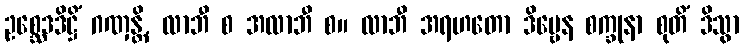
ဥစ္ဆေဒဒိဋ္ဌိံ ဂဏှန္တိ, လာဘီ စ အလာဘီ စ။ လာဘီ အရဟတော ဒိဗ္ဗေန စက္ခုနာ စုတိံ ဒိသွာ